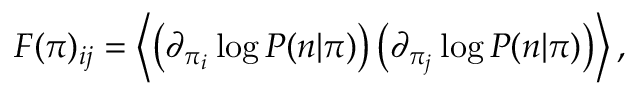
\begin{array} { r } { F ( { \boldsymbol \pi } ) _ { i j } = \left\langle \left( \partial _ { \pi _ { i } } \log P ( { \boldsymbol n } | { \boldsymbol \pi } ) \right) \left( \partial _ { \pi _ { j } } \log P ( { \boldsymbol n } | { \boldsymbol \pi } ) \right) \right\rangle , } \end{array}